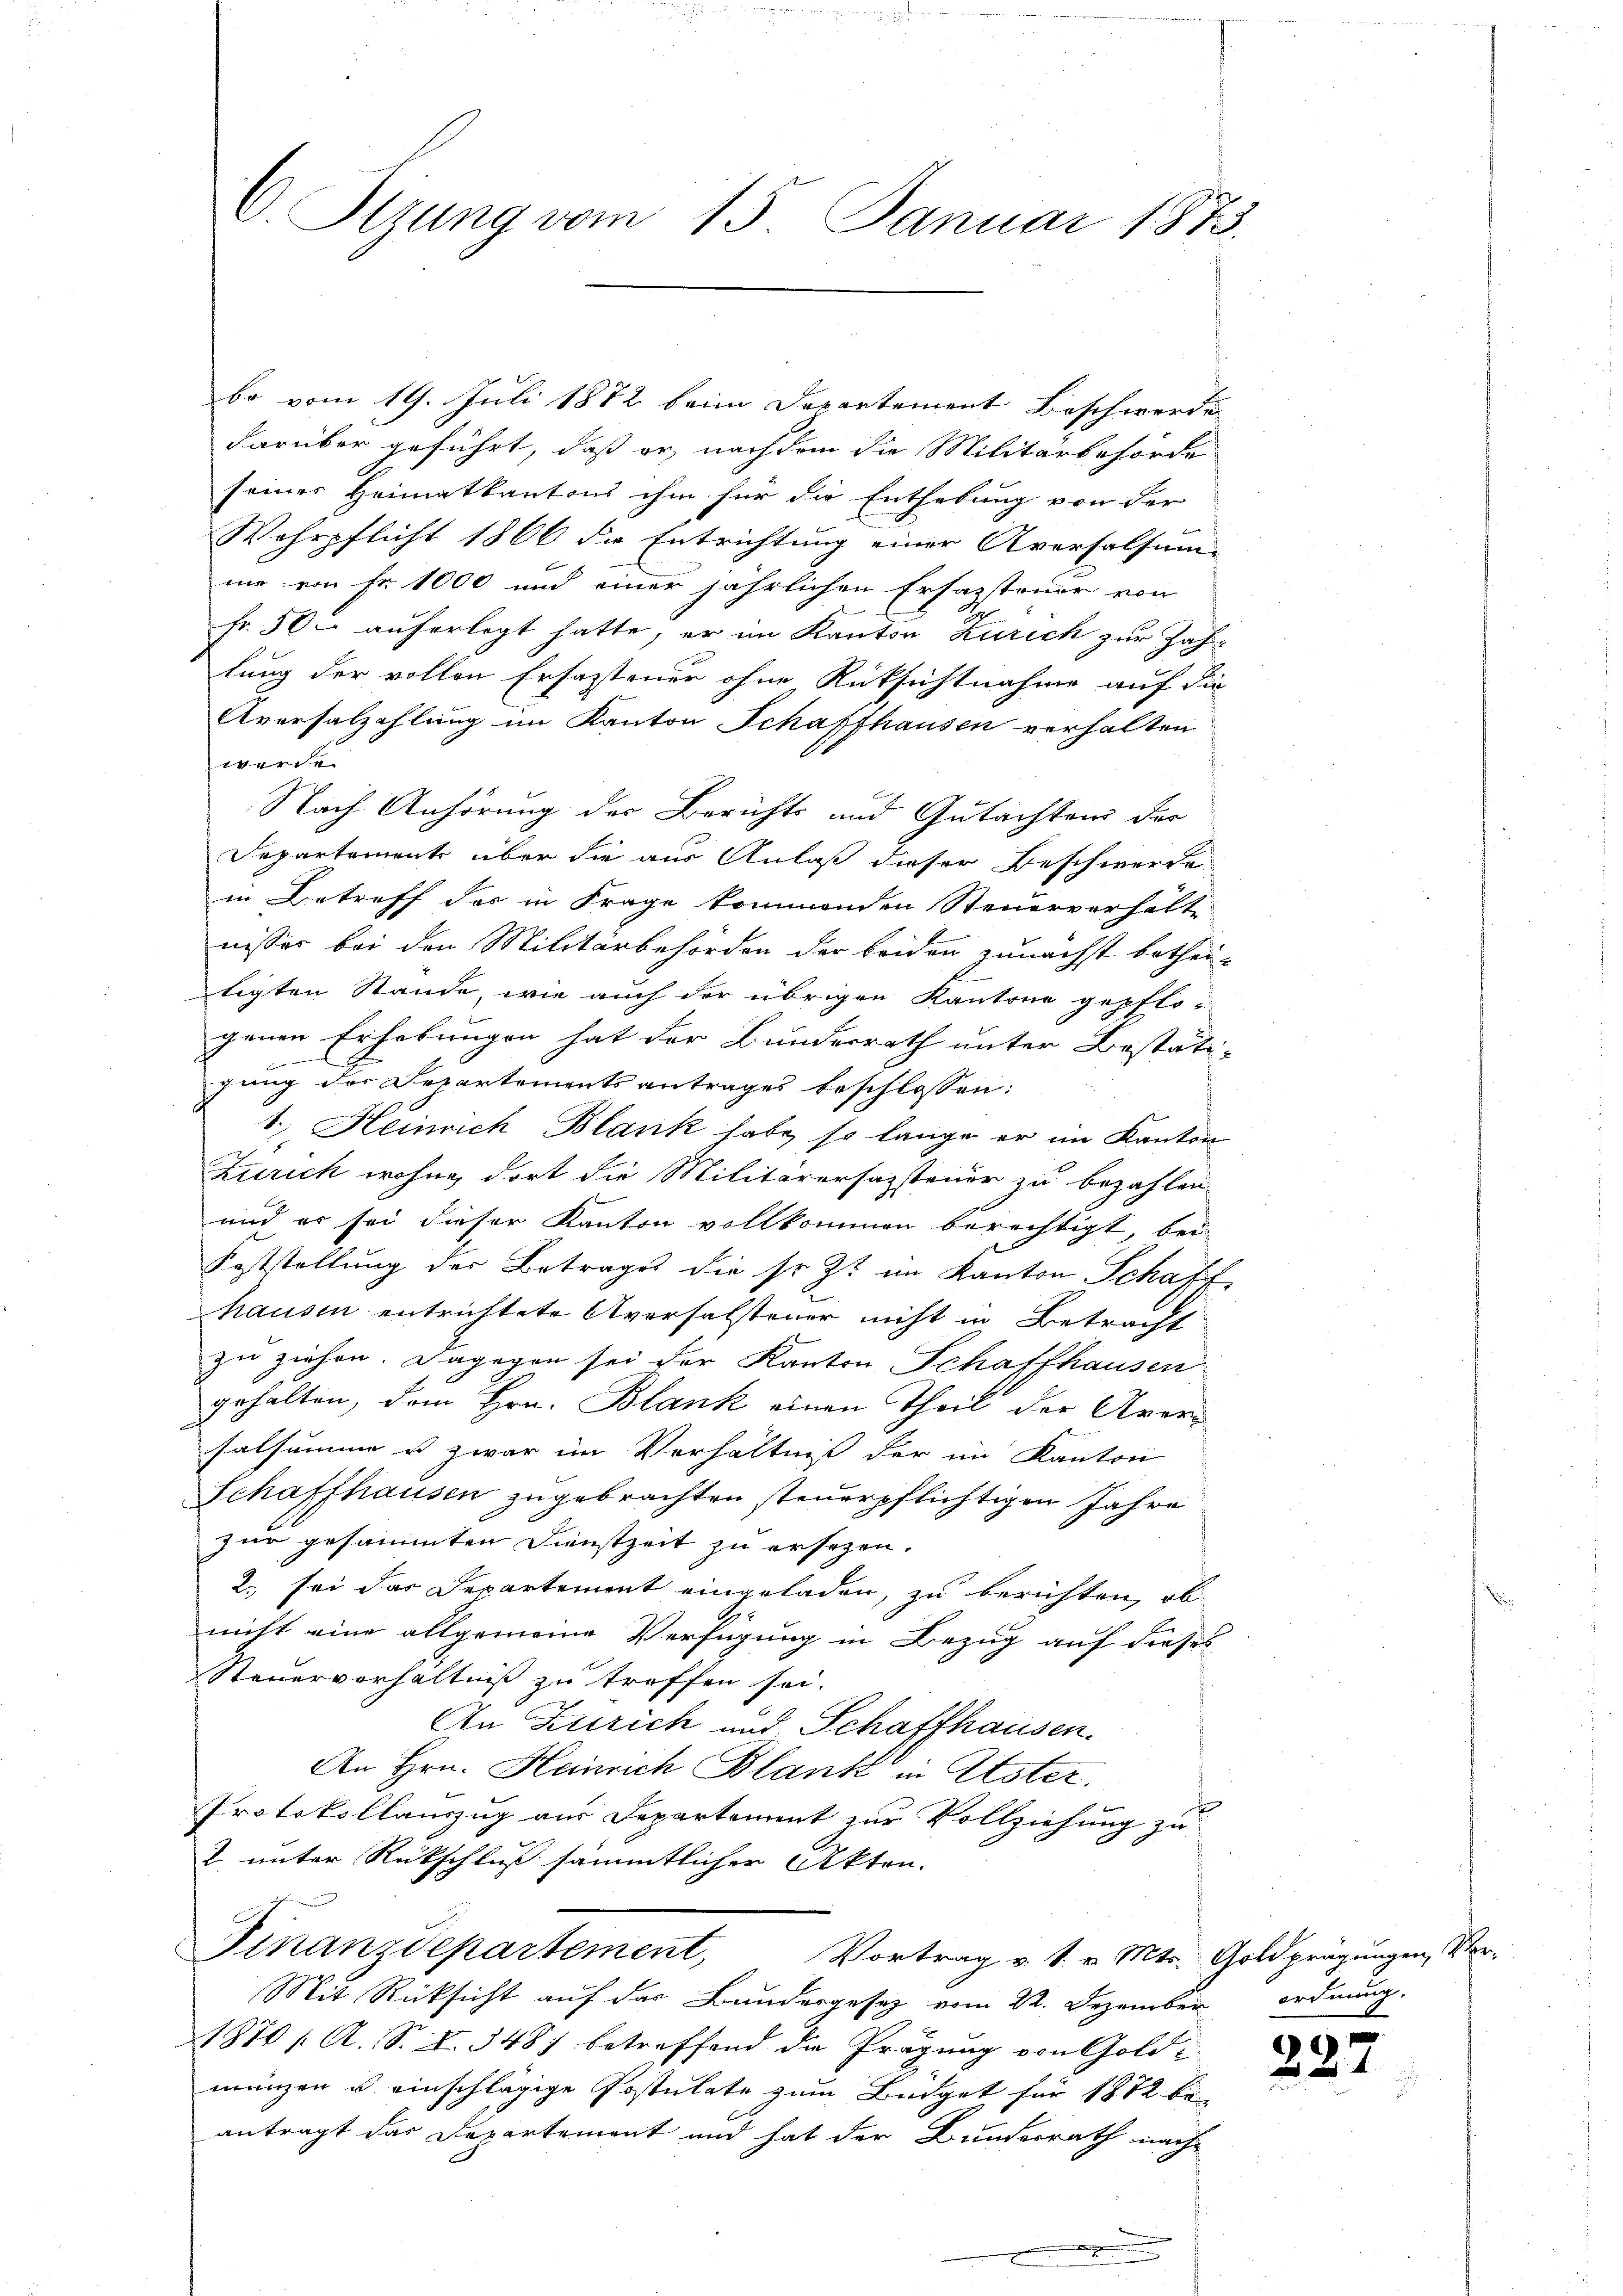
C. Sizung vom 15. Januar 1873.

bo vom 19. Juli 1872 beim Departement Beschwerde
darüber geführt, daß er, nachdem die Militärbehörde
seines Heimatkantons ihm für die Enthebung von der
Wehrpflicht 1866 die Entrichtung einer Aversalsun
me von Fr. 1000 und einer jährlichen Ersazsteuer von
Fr. 500 auferlegt hatte, er im Kanton Zürich zur Zah-
lung der vollen Erfassteuer ohne Rücksichtnahme auf die
Aversalzahlung im Kanton Schaffhausen verhalten
werde.
Nach Anhörung der Berichts und Gutachten der
Departement über die aus Anlaß dieser Beschwerde
in Betreff des in Frage kommenden Steuerverhälte
nisses bei den Militärbehörden der beiden zunächst bethei-
tigten Stande, wie auch der übrigen Kantone gepflo-
genen Erhebungen hat der Bundesrath unter Bestäti-
gung der Departements antrages beschlossen:
1. Heinrich Blank habe, so lange er im Kanton
Zürich wohne dort die Militärersazsteuer zu bezahlen.
und er sei dieser Kanton vollkommen berechtigt, bei
Feststellung der Betrages die sr. Zt. im Kanton Schaff
hausen entrichtete Aversalstener nicht in Betracht
zu ziehen. Dagegen sei der Kanton Schaffhausen
gehalten, dem Hrn. Blank einen Theil der Aversalsumme u zwar im Verhältniß der im Kanton
Schaffhausen zugebrachten steuerpflichtigen Jahre
zur gesammten Dienstzeit zu ersezen.
2., sei das Departement eingeladen, zu berichten, ob
nicht eine allgemeine Verfügung in Bezug auf dieses
Steuerverhältniß zu treffen sei.
An Zürich und Schaffhausen.
An Hrn. Heinrich Blank in Uster.
Protokollauszug aus Departement zur Vollziehung zu
2 unter Rückschluß sämmtlicher Akten.
Finanzdepartement,
Vortrag v. S. v. Mts. Goldprägungen, Vor¬
Mit Rücksicht auf das Bundergesetz vom 22. Dezember ordnung.
1870 / A. S. S. 348) betreffend die Prägung von Goldmänzen u. einschlägige Postulate zum Büdget für 1872 be
antragt das Departement und hat der Bunderrath nach

.

22.